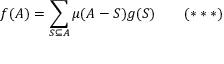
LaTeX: f ( A ) = \sum _ { S \subseteq A } \mu ( A - S ) g ( S ) \qquad ( * * * )